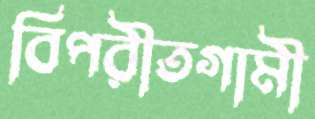
বিপরীতগামী